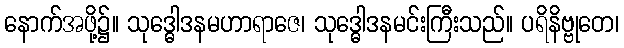
နောက်အဖို့၌။ သုဒ္ဓေါဒနမဟာရာဇေ၊ သုဒ္ဓေါဒနမင်းကြီးသည်။ ပရိနိဗ္ဗုတေ၊